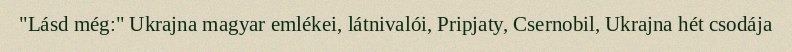
"Lásd még:" Ukrajna magyar emlékei, látnivalói, Pripjaty, Csernobil, Ukrajna hét csodája